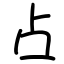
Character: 占